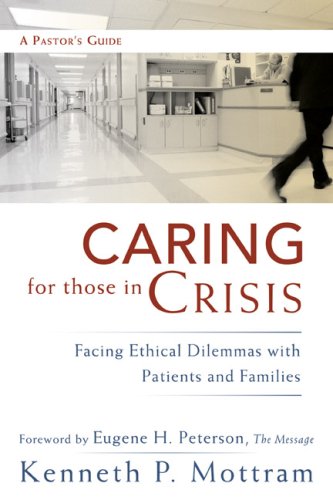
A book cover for Caring for Those in Crisis: Facing Ethical Dilemmas with Patients and Families; Kenneth P. Mottram; Christian Books & Bibles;